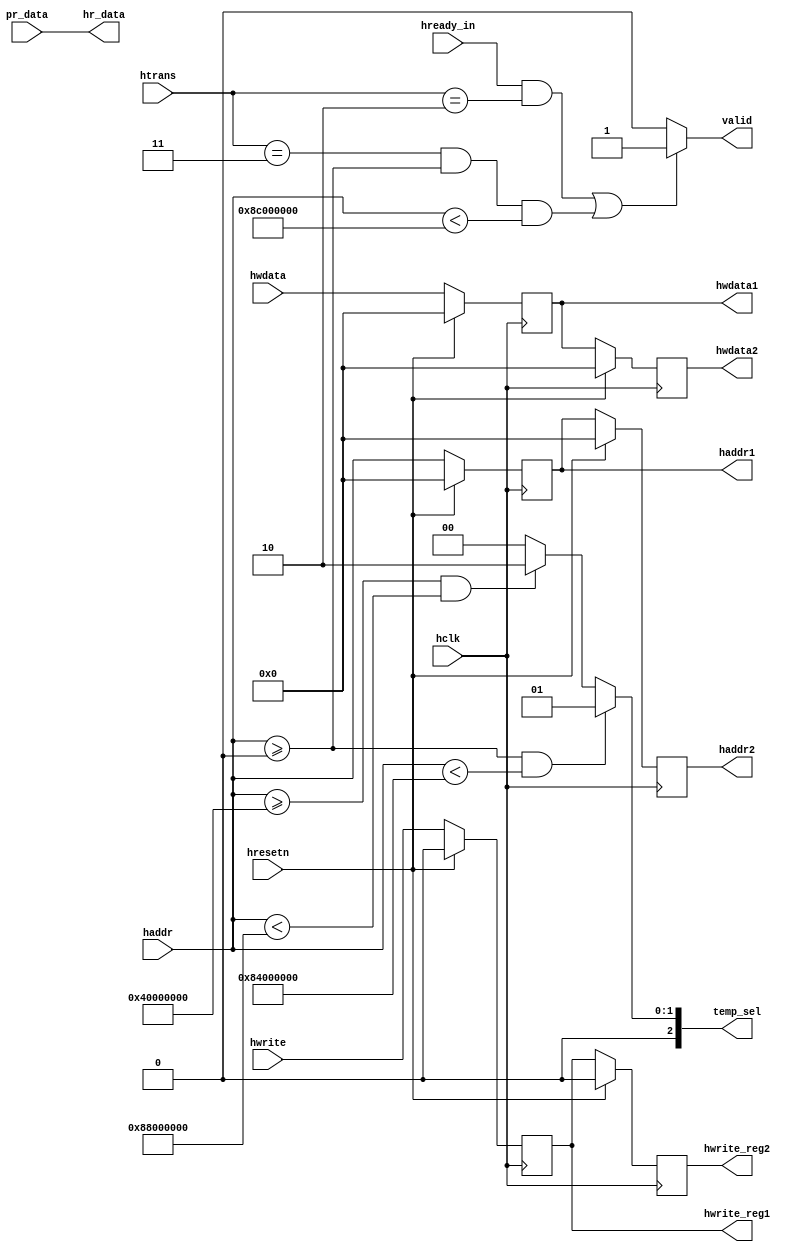
module ahb_slave_interface(input hclk,hresetn,hwrite,hready_in,
input[1:0]htrans,input[31:0]hwdata,input[31:0]haddr,pr_data,
output reg hwrite_reg1, hwrite_reg2,valid,output reg[31:0] hwdata1,hwdata2,haddr1,haddr2,
output[31:0]hr_data,output reg [2:0]temp_sel);

//pipeline logic for haddr
always@(posedge hclk)
begin
   if(hresetn)
     begin
     haddr1<=0;
     haddr2<=0;
     end
   else
   begin
      haddr1<=haddr;
      haddr2<=haddr1;
   end
 end
 
 //pipeline logic for hwdata
 always@(posedge hclk)
begin
   if(hresetn)
     begin
     hwdata1<=0;
     hwdata2<=0;
     end
   else
   begin
      hwdata1<=hwdata;
      hwdata2<=hwdata1;
   end
end
 
  //pipeline logic for hwrite
  always@(posedge hclk)
begin
   if(hresetn)
     begin
     hwrite_reg1<=0;
     hwrite_reg2<=0;
     end
   else
   begin
      hwrite_reg1<=hwrite;
      hwrite_reg2<=hwrite_reg1;
   end
end
//valid signal
always@(*) begin
 valid=1'b0;
 if(hready_in==1 && htrans==2'b10 || htrans==2'b11 && haddr>=32'h0000_0000 && haddr<32'h8c00_0000)
 valid=1'b1;
 else
 valid=1'b0;
 end
 //temp selx
always@(*) begin
temp_sel=3'b0000;
if(haddr >= 32'h0000_0000 && haddr < 32'h8400_0000)
temp_sel=3'b001;

else if(haddr >= 32'h4000_0000 && haddr < 32'h8800_0000)
temp_sel=3'b010;
end
assign hr_data=pr_data;
endmodule